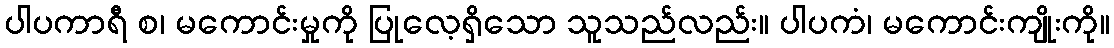
ပါပကာရီ စ၊ မကောင်းမှုကို ပြုလေ့ရှိသော သူသည်လည်း။ ပါပကံ၊ မကောင်းကျိုးကို။